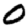
Digit: 0